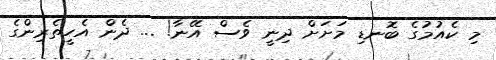
މި ކެއުމުގެ ބޮނޑި މަށަށް ދިނީ ވެސް އޭނާ! ... ދެން އެހީތެރިންގެ